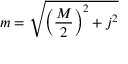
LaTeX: { } m = { \sqrt { \left( { \frac { M } { 2 } } \right) ^ { 2 } + j ^ { 2 } } }